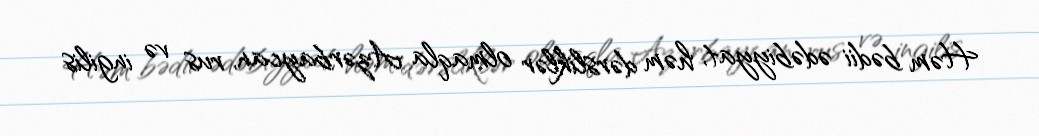
Həm bədii ədəbiyyat, həm dərsliklər olmaqla Azərbaycan, rus və ingilis